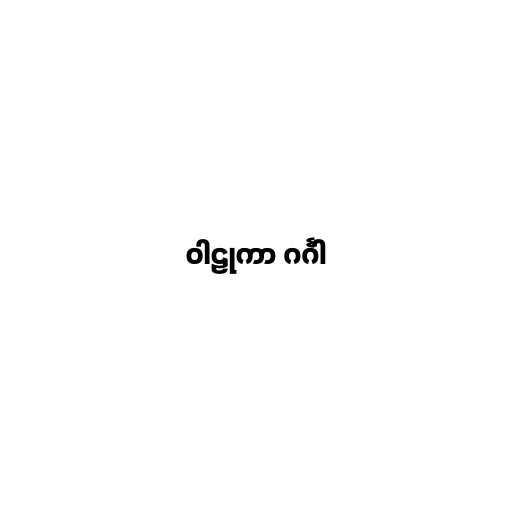
ဝါဠုကာ ဂင်္ဂါ